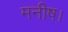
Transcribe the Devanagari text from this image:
मनीष।